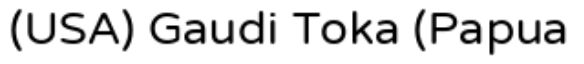
(USA) Gaudi Toka (Papua